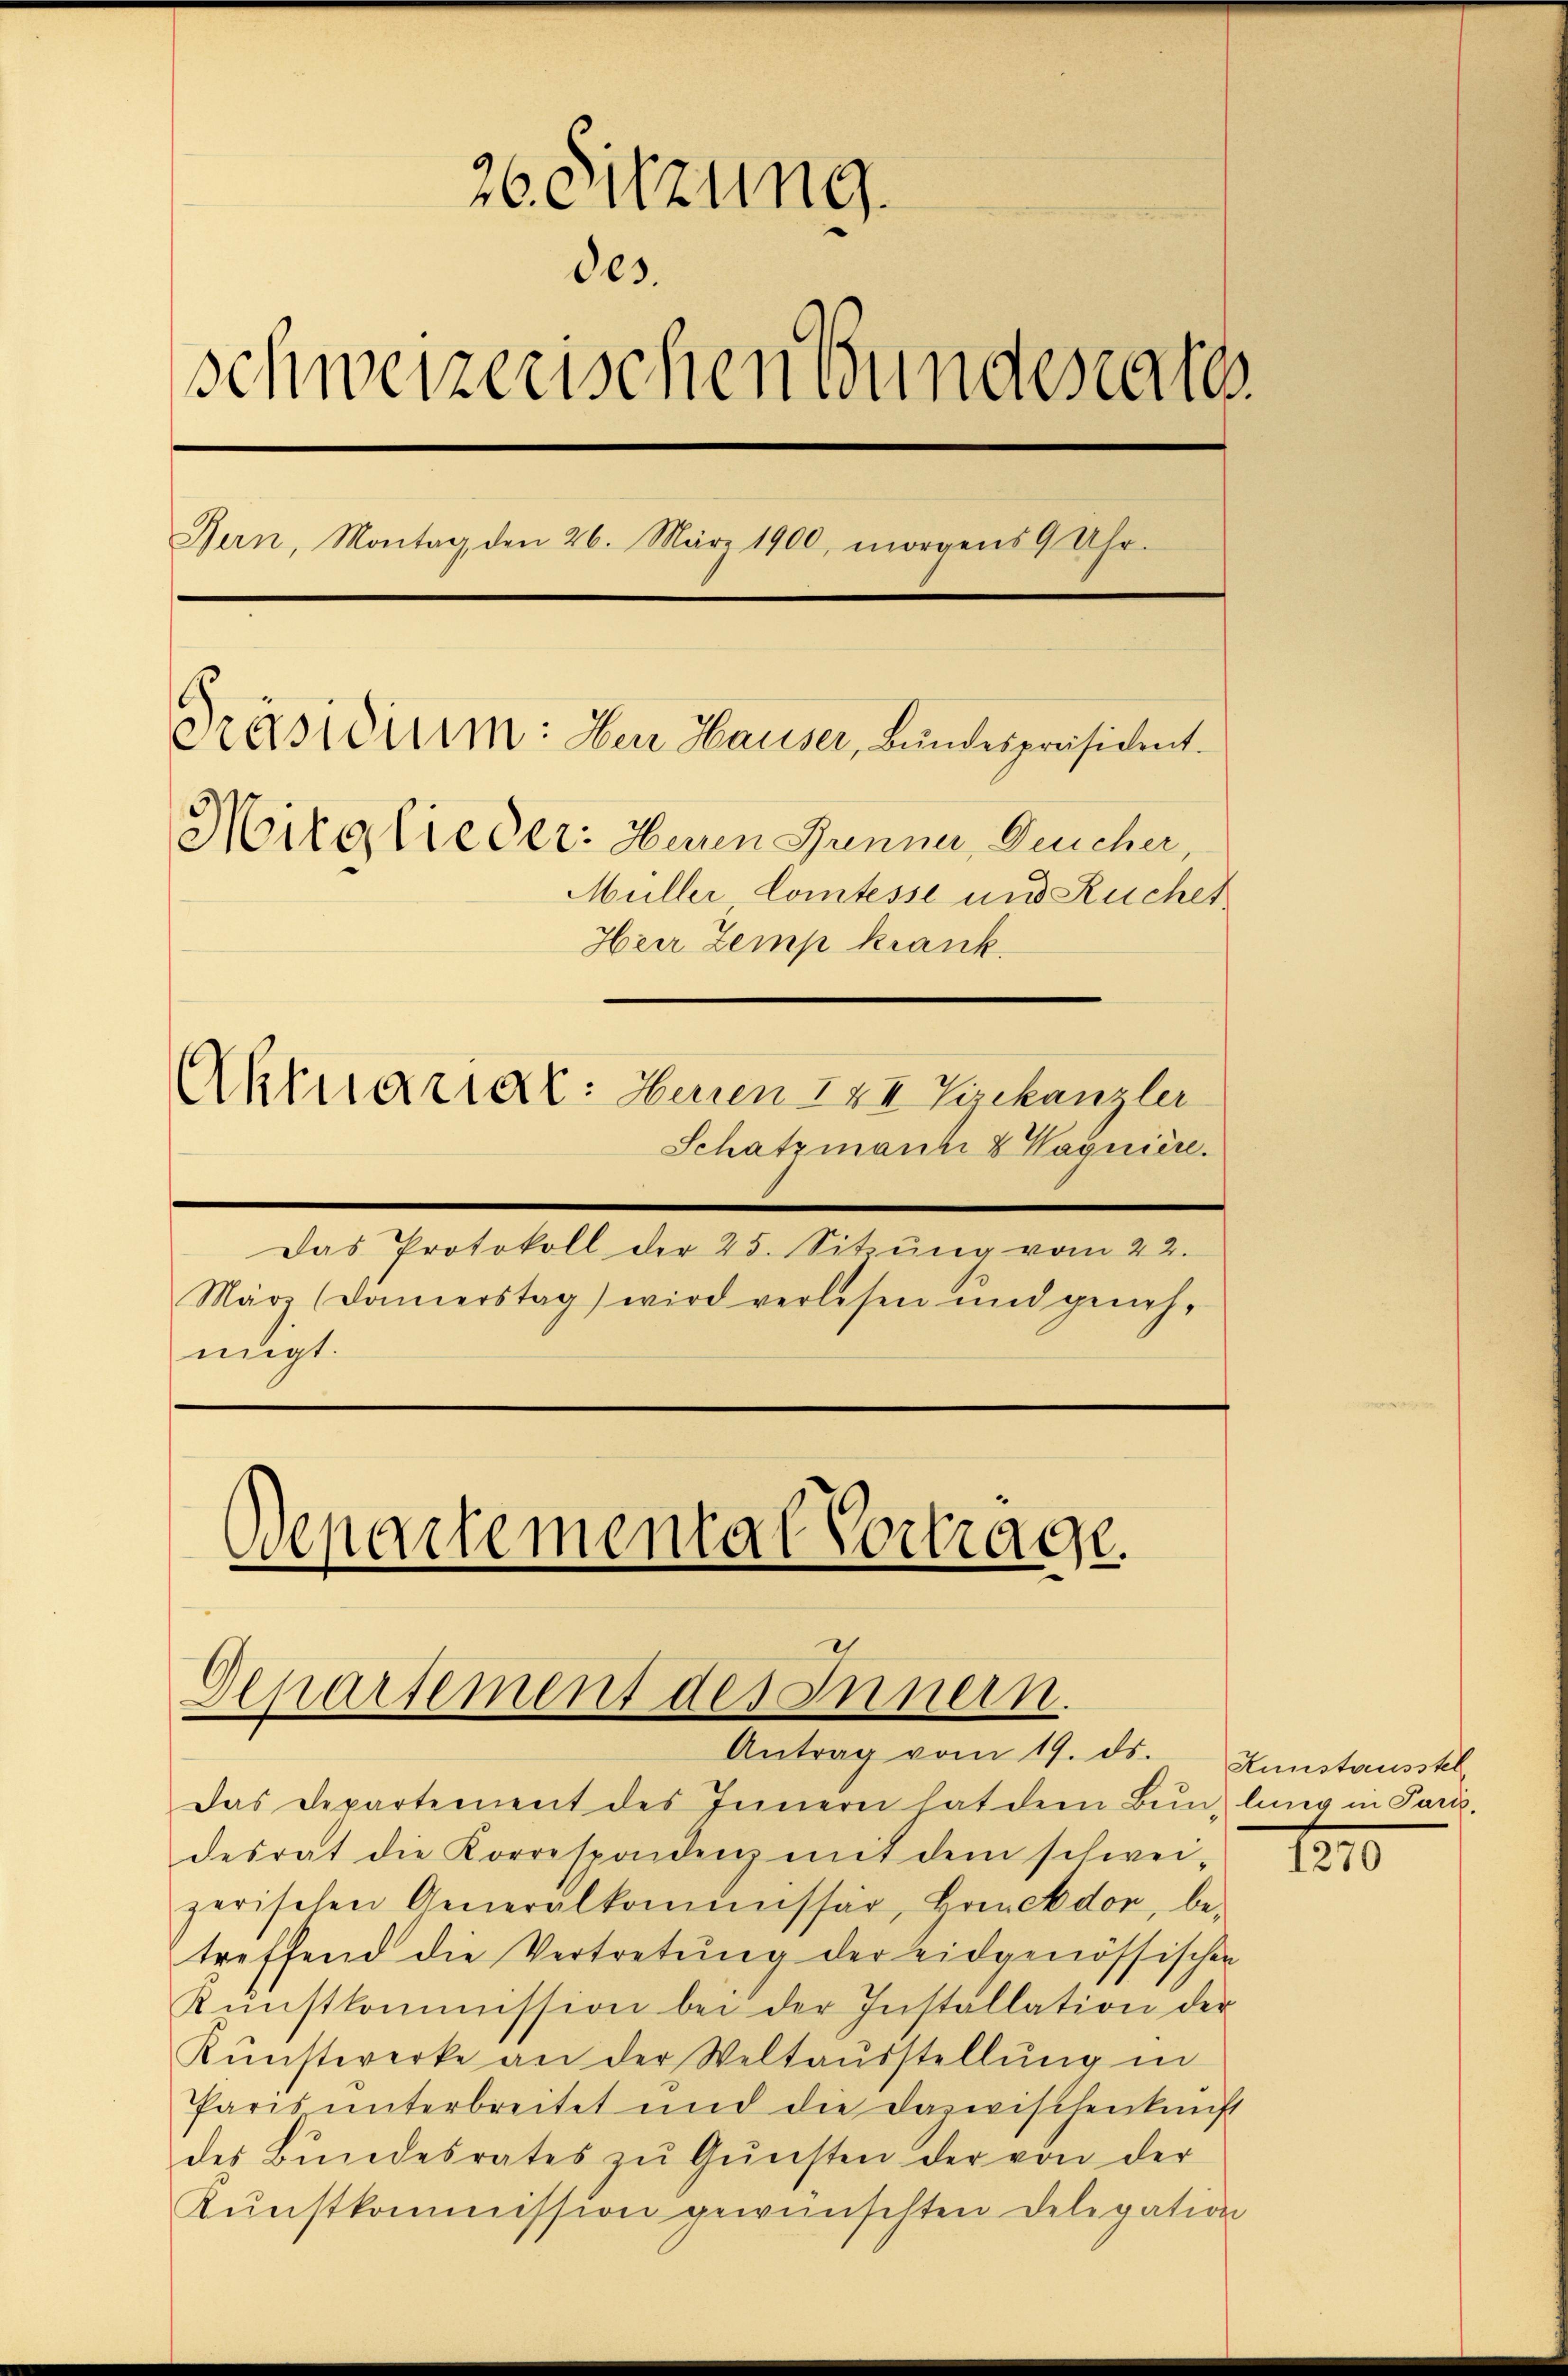
26. Sitzung.
des
schweizerischen Bundesrate
Bern, Montag den 26. März 1900, morgens 9 Uhr.
Präsidium: Den Hauser, Bundespräsident.
Mitglieder: Heren Junner, Geicher,
Müller Comtesse und Ruchet
Heer Zemp krank.
Aktuarial: Herren IXI Tychanzlei
Schatzmann 8 Wagniere.

Das Protokoll der 25. Sitzŭng vom 22.
März (Damerstag) wird verlesen und genehnügt.

Departementar Vortrage.

Deparsement des Innern.
Antrag vom 19. ds. Kunstausstel

Das Departement des Innern hat dem Bŭn, lung in Parz.
desrat die Korrespondenz mit dem schwei-
zerischen Generalkommissär, Grinckdor, be-
treffend die Vertretung der eidgenössischen
Kŭnstkommission bei der Installation der
Kŭnstwerke an der Weltausstellŭng in
Paris unterbreitet und die Dazwischenkunft
des Bŭndesrates zŭ Gŭnsten der von der
Kŭnstkommission gewünschten Delegation

1270